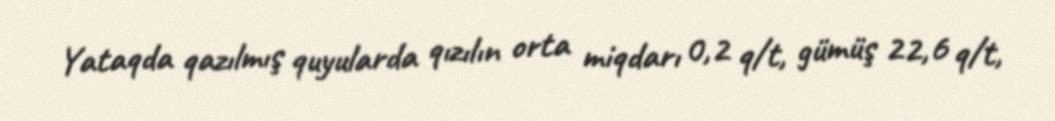
Yataqda qazılmış quyularda qızılın orta miqdarı 0,2 q/t, gümüş 22,6 q/t,